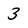
Character: 3